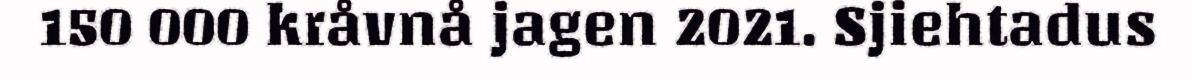
150 000 kråvnå jagen 2021. Sjiehtadus